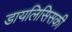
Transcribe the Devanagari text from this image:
डायलिसिसकी